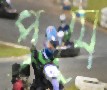
প্রযে